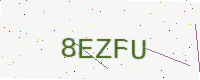
Text: 8EZFU